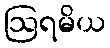
ဩရမိယ